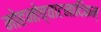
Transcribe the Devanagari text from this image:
मोहनोच्चाटनादिकम्